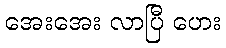
အေးအေး လာပြီ ဟေး